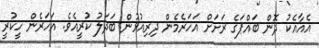
އެއާއެކު ދޮން ބައްޕަގެ ރަށަށް އަހަރެމެން ދިރިއުޅުން ބަދަލު ކުރީއެވެ. އަހަރެން ހީކުރީ